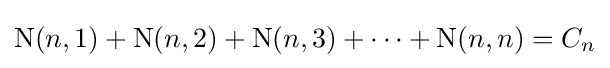
\operatorname {N} (n,1)+\operatorname {N} (n,2)+\operatorname {N} (n,3)+\cdots +\operatorname {N} (n,n)=C_{n}